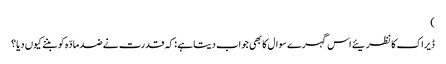
)
ڈیراک کا نظریئے اس گہرے سوال کا بھی جواب دیتا ہے : کہ قدرت نے ضد مادّہ کو بننے کیوں دیا؟